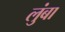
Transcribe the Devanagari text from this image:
लुंबा